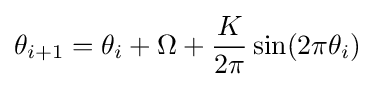
\theta _{i+1}=\theta _{i}+\Omega +{\frac {K}{2\pi }}\sin(2\pi \theta _{i})